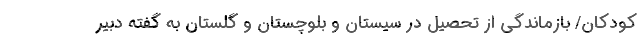
کودکان/ بازماندگی از تحصیل در سیستان و بلوچستان و گلستان به گفته دبیر